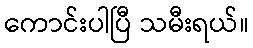
ကောင်းပါပြီ သမီးရယ်။